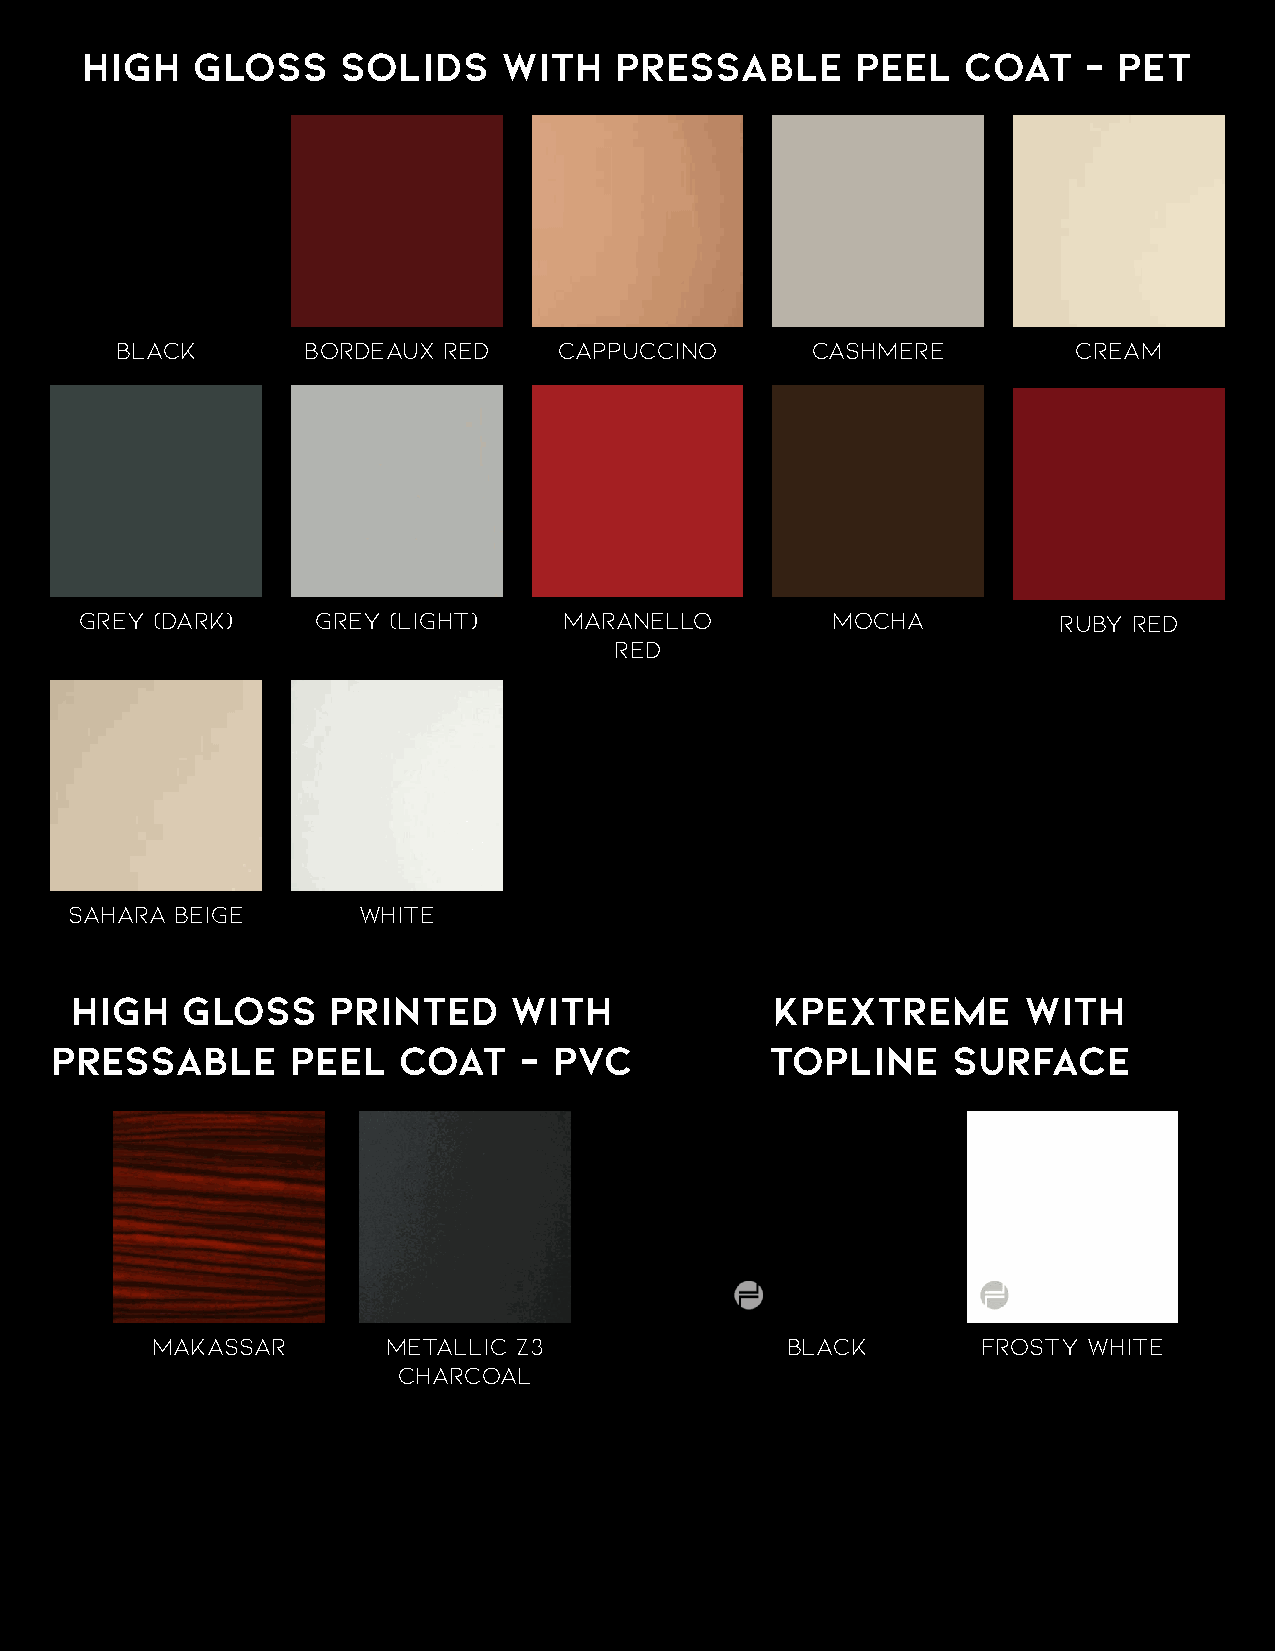
HIGH    GLOSS     SOLIDS    WITH    PRESSABLE       PEEL   COAT    – PET
 Black       Bordeaux Red     Cappuccino       Cashmere         Cream
 Grey (Dark)     Grey (Light)    Maranello         Mocha          Ruby red
 Red
 Sahara Beige       White
 HIGH   GLOSS     Printed     WITH             KPEXTREME        with
 PRESSABLE       PEEL   COAT    –  PVC           TOPLINE     SURFACE
 Makassar        Metallic Z3               Black        Frosty White
 Charcoal